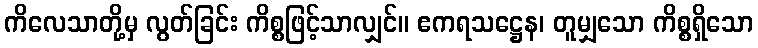
ကိလေသာတို့မှ လွတ်ခြင်း ကိစ္စဖြင့်သာလျှင်။ ဧကရသဋ္ဌေန၊ တူမျှသော ကိစ္စရှိသော